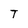
Character: T